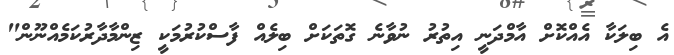
އެ ބިލަކާ އެއްކޮށް އާމްދަނީ އިތުރު ނުވާނެ ގޮތަކަށް ބިލެއް ފާސްކުރުމަކީ ޒިންމާދާރުކަމެއްނޫން"